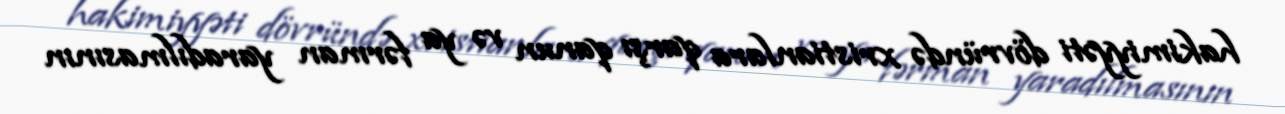
hakimiyyəti dövründə xristianlara qarşı qanun və ya fərman yaradılmasının